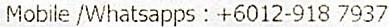
MOBILE /WHATSAPPS : +6012-918 7937